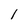
Character: 1